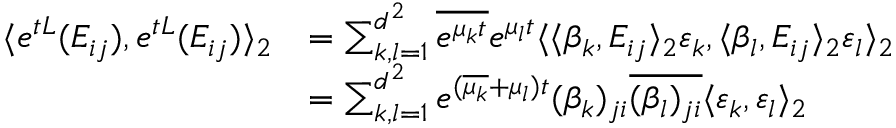
\begin{array} { r l } { \langle e ^ { t L } ( E _ { i j } ) , e ^ { t L } ( E _ { i j } ) \rangle _ { 2 } } & { = \sum _ { k , l = 1 } ^ { d ^ { 2 } } \overline { { e ^ { \mu _ { k } t } } } e ^ { \mu _ { l } t } \langle \langle \beta _ { k } , E _ { i j } \rangle _ { 2 } \varepsilon _ { k } , \langle \beta _ { l } , E _ { i j } \rangle _ { 2 } \varepsilon _ { l } \rangle _ { 2 } } \\ & { = \sum _ { k , l = 1 } ^ { d ^ { 2 } } e ^ { ( \overline { { \mu _ { k } } } + \mu _ { l } ) t } ( \beta _ { k } ) _ { j i } \overline { { ( \beta _ { l } ) _ { j i } } } \langle \varepsilon _ { k } , \varepsilon _ { l } \rangle _ { 2 } } \end{array}